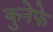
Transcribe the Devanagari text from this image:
कुनेफे